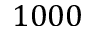
1 0 0 0